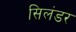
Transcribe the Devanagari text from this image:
सिलंडर